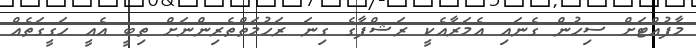
މާފުއްޓަށް ސިހުން ގެނައި އެމަރާއެކީ ރަޝްފާގެ ގިނަ ރަހުމަތްތެރިންނަށް ތިބީ އެއީ ހަގީގަތެއް